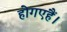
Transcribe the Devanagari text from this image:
होगएहैं।